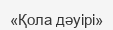
«Қола дәуірі»